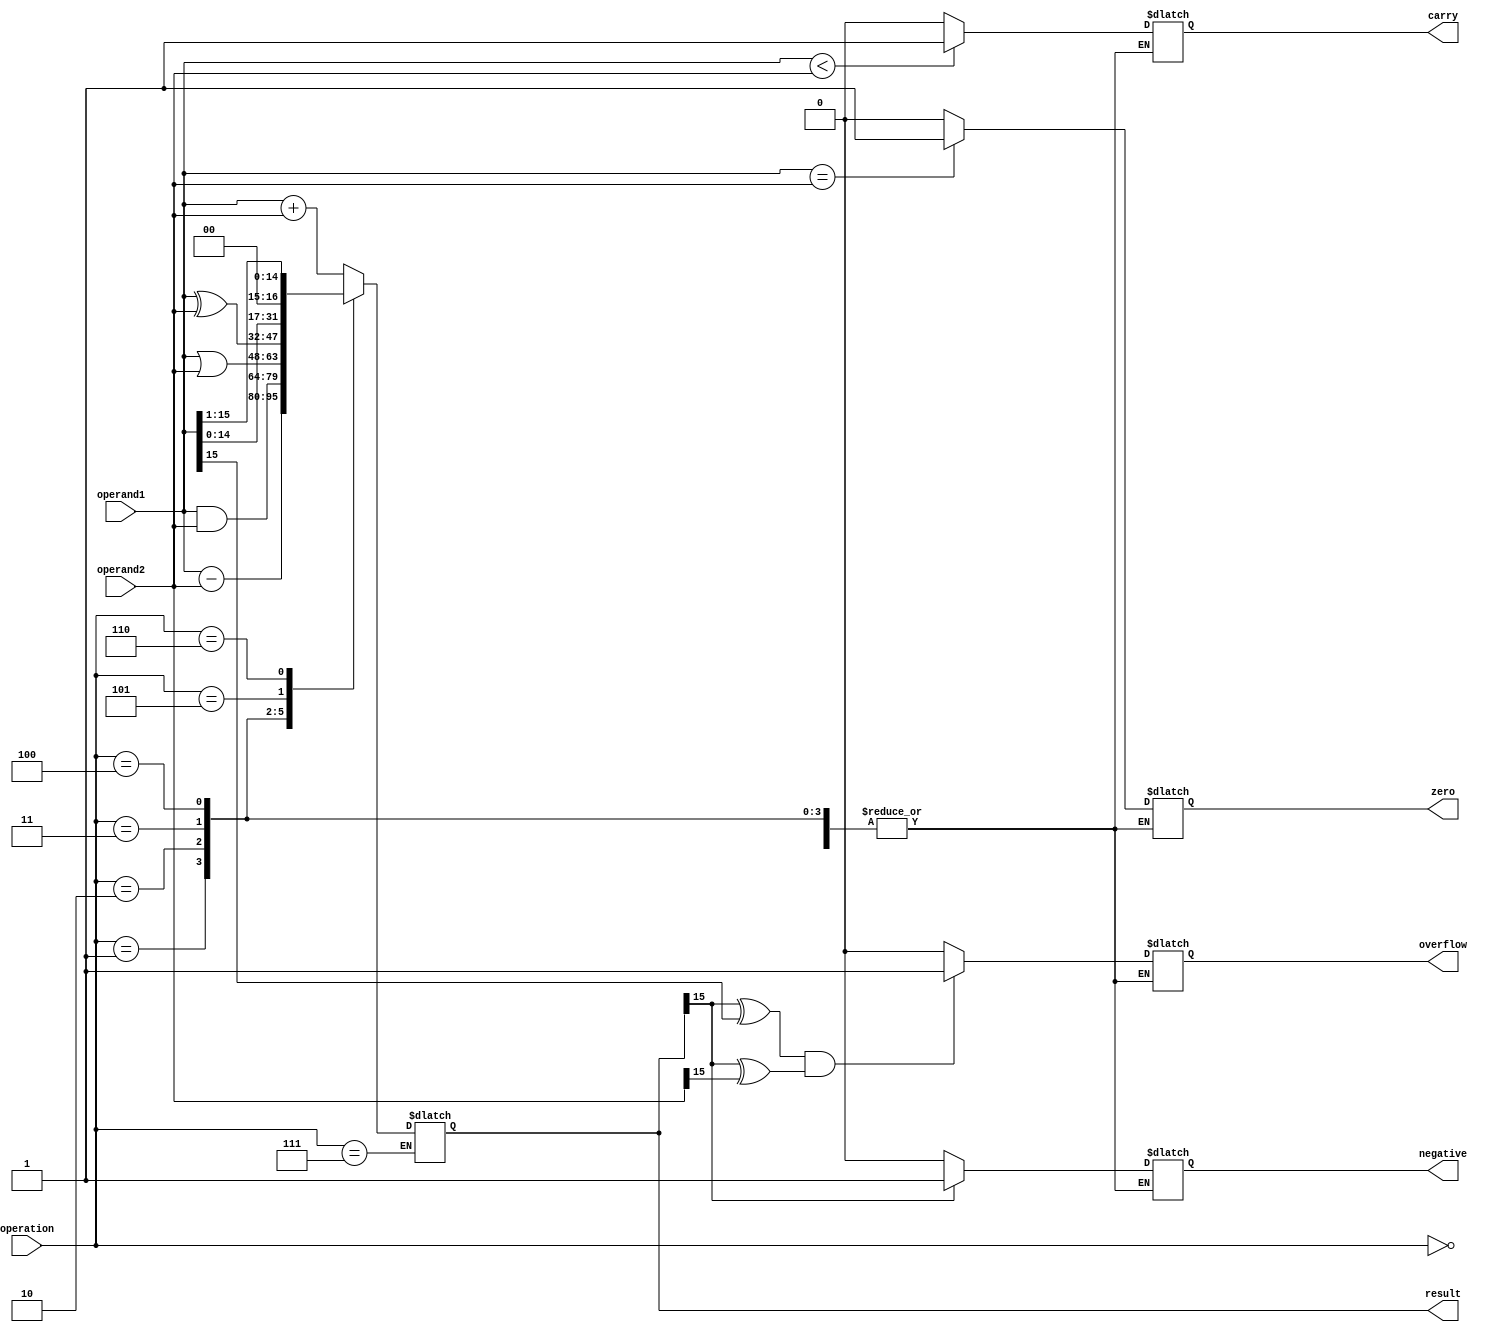
module ALU(
    input [15:0] operand1,
    input [15:0] operand2,
    input [2:0] operation,
    output reg [15:0] result,
    output reg zero,
    output reg carry,
    output reg overflow,
    output reg negative
);

always @(*)
begin
    case(operation)
        3'b000: result = operand1 + operand2; // addition
        3'b001: result = operand1 - operand2; // subtraction
        3'b010: result = operand1 & operand2; // AND
        3'b011: result = operand1 | operand2; // OR
        3'b100: result = operand1 ^ operand2; // XOR
        3'b101: result = operand1 << 1; // shift left
        3'b110: result = operand1 >> 1; // shift right
        3'b111: // comparison
        begin
            if(operand1 == operand2) 
                zero = 1;
            else
                zero = 0;
            
            if(operand1 < operand2) 
                carry = 1;
            else
                carry = 0;
                
            if(result[15] ^ operand1[15] == 1 && result[15] ^ operand2[15] == 1) 
                overflow = 1;
            else
                overflow = 0;
            
            if(result[15] == 1) 
                negative = 1;
            else
                negative = 0;
        end
    endcase
end

endmodule